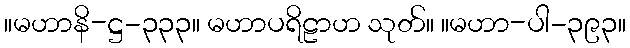
။မဟာနိ-ဋ္ဌ-၃၃၃။ မဟာပရိဠာဟ သုတ်။ ။မဟာ-ပါ-၃၉၃။